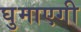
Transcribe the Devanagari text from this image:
घुमाएगी